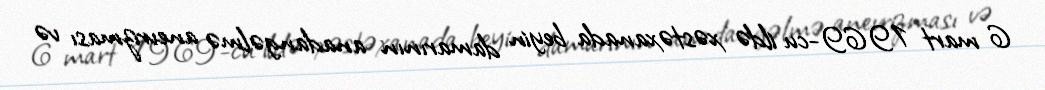
6 mart 1969-cu ildə xəstəxanada beyin damarının anadangəlmə anevrizması və